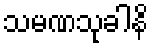
သမဏသုခါနိ